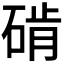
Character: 𬒔